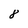
Character: 8